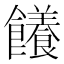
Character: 䭥